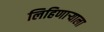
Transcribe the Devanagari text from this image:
लिहिणाऱ्याला